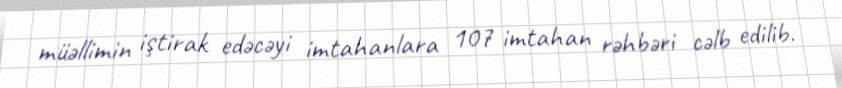
müəllimin iştirak edəcəyi imtahanlara 107 imtahan rəhbəri cəlb edilib.